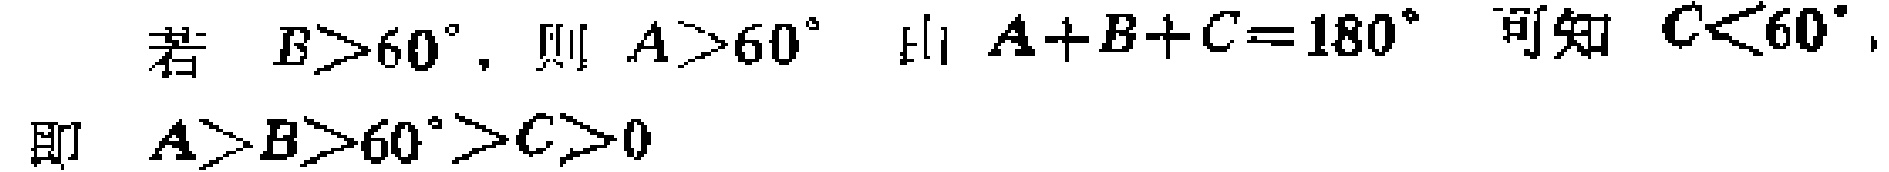
若 \(B > 60^{\circ}\)，则 \(A>60^{\circ}\) 由 \(A + B + C = 180^{\circ}\) 可知 \(C<60^{\circ}\)，
即 \(A > B > 60^{\circ}>C>0\)